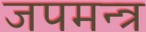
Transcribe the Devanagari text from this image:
जपमन्त्र